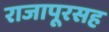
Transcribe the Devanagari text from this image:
राजापूरसह